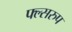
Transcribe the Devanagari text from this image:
फ्ल्सरुप